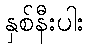
နှစ်နီးပါး